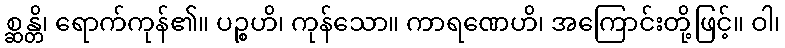
စ္ဆန္တိ၊ ရောက်ကုန်၏။ ပဉ္စဟိ၊ ကုန်သော။ ကာရဏေဟိ၊ အကြောင်းတို့ဖြင့်။ ဝါ၊